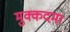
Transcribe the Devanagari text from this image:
मुक्कदमा